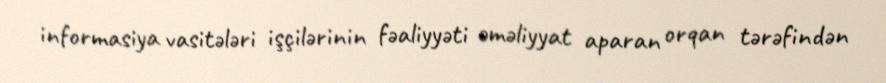
informasiya vasitələri işçilərinin fəaliyyəti əməliyyat aparan orqan tərəfindən